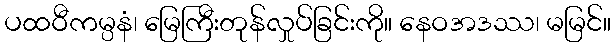
ပထဝီကမ္ပနံ၊ မြေကြီးတုန်လှုပ်ခြင်းကို။ နေဝအဒဿ၊ မမြင်။